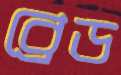
ব্রেড